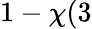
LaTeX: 1-\chi(3